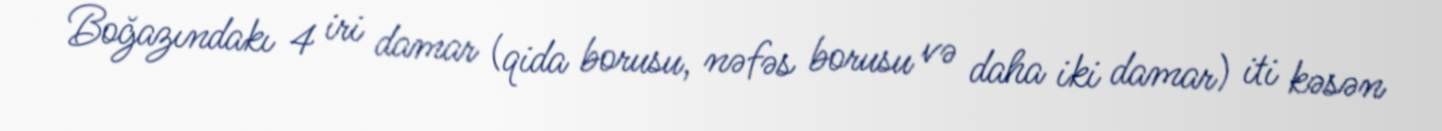
Boğazındakı 4 iri damar (qida borusu, nəfəs borusu və daha iki damar) iti kəsən